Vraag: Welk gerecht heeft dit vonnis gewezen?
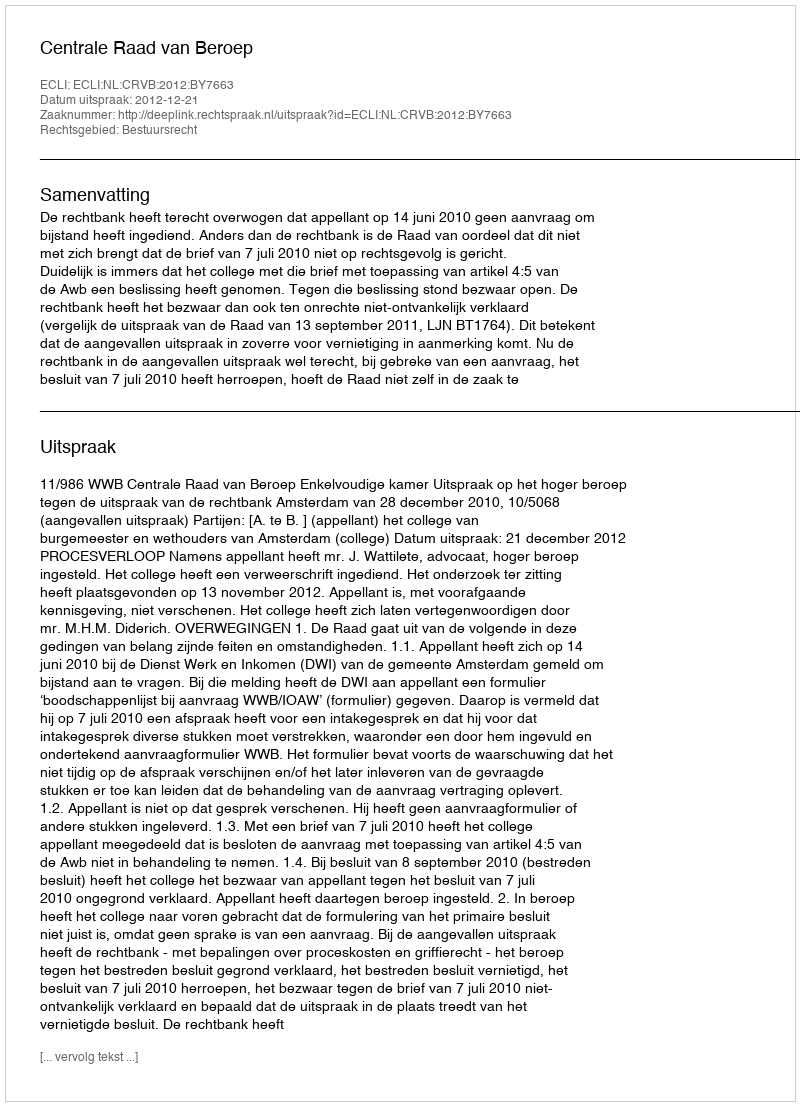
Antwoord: Centrale Raad van Beroep